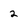
Character: 2